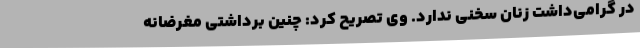
در گرامی‌داشت زنان سخنی ندارد. وی تصریح کرد: چنین برداشتی مغرضانه